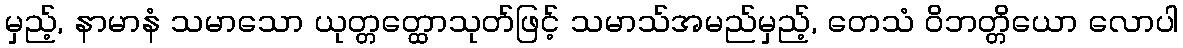
မှည့်, နာမာနံ သမာသော ယုတ္တတ္ထောသုတ်ဖြင့် သမာသ်အမည်မှည့်, တေသံ ဝိဘတ္တိယော လောပါ